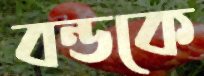
বন্ডকে